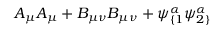
A _ { \mu } A _ { \mu } + B _ { \mu \nu } B _ { \mu \nu } + \psi _ { \{ 1 } ^ { \alpha } \psi _ { 2 \} } ^ { \alpha }